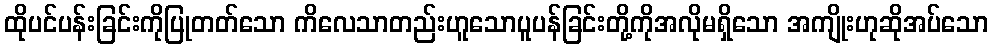
ထိုပင်ပန်းခြင်းကိုပြုတတ်သော ကိလေသာတည်းဟူသောပူပန်ခြင်းတို့ကိုအလိုမရှိသော အကျိုးဟုဆိုအပ်သော